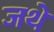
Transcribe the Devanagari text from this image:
जथे